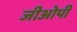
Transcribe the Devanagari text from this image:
जीओपी